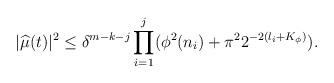
LaTeX: \begin{align*} |{\widehat\mu}(t)|^2\leq\delta^{m-k-j}\prod_{i=1}^{j}(\phi^2(n_i)+\pi^22^{-2(l_i+K_{\phi})}). \end{align*}